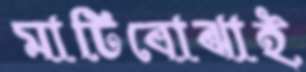
মাটিবোঝাই